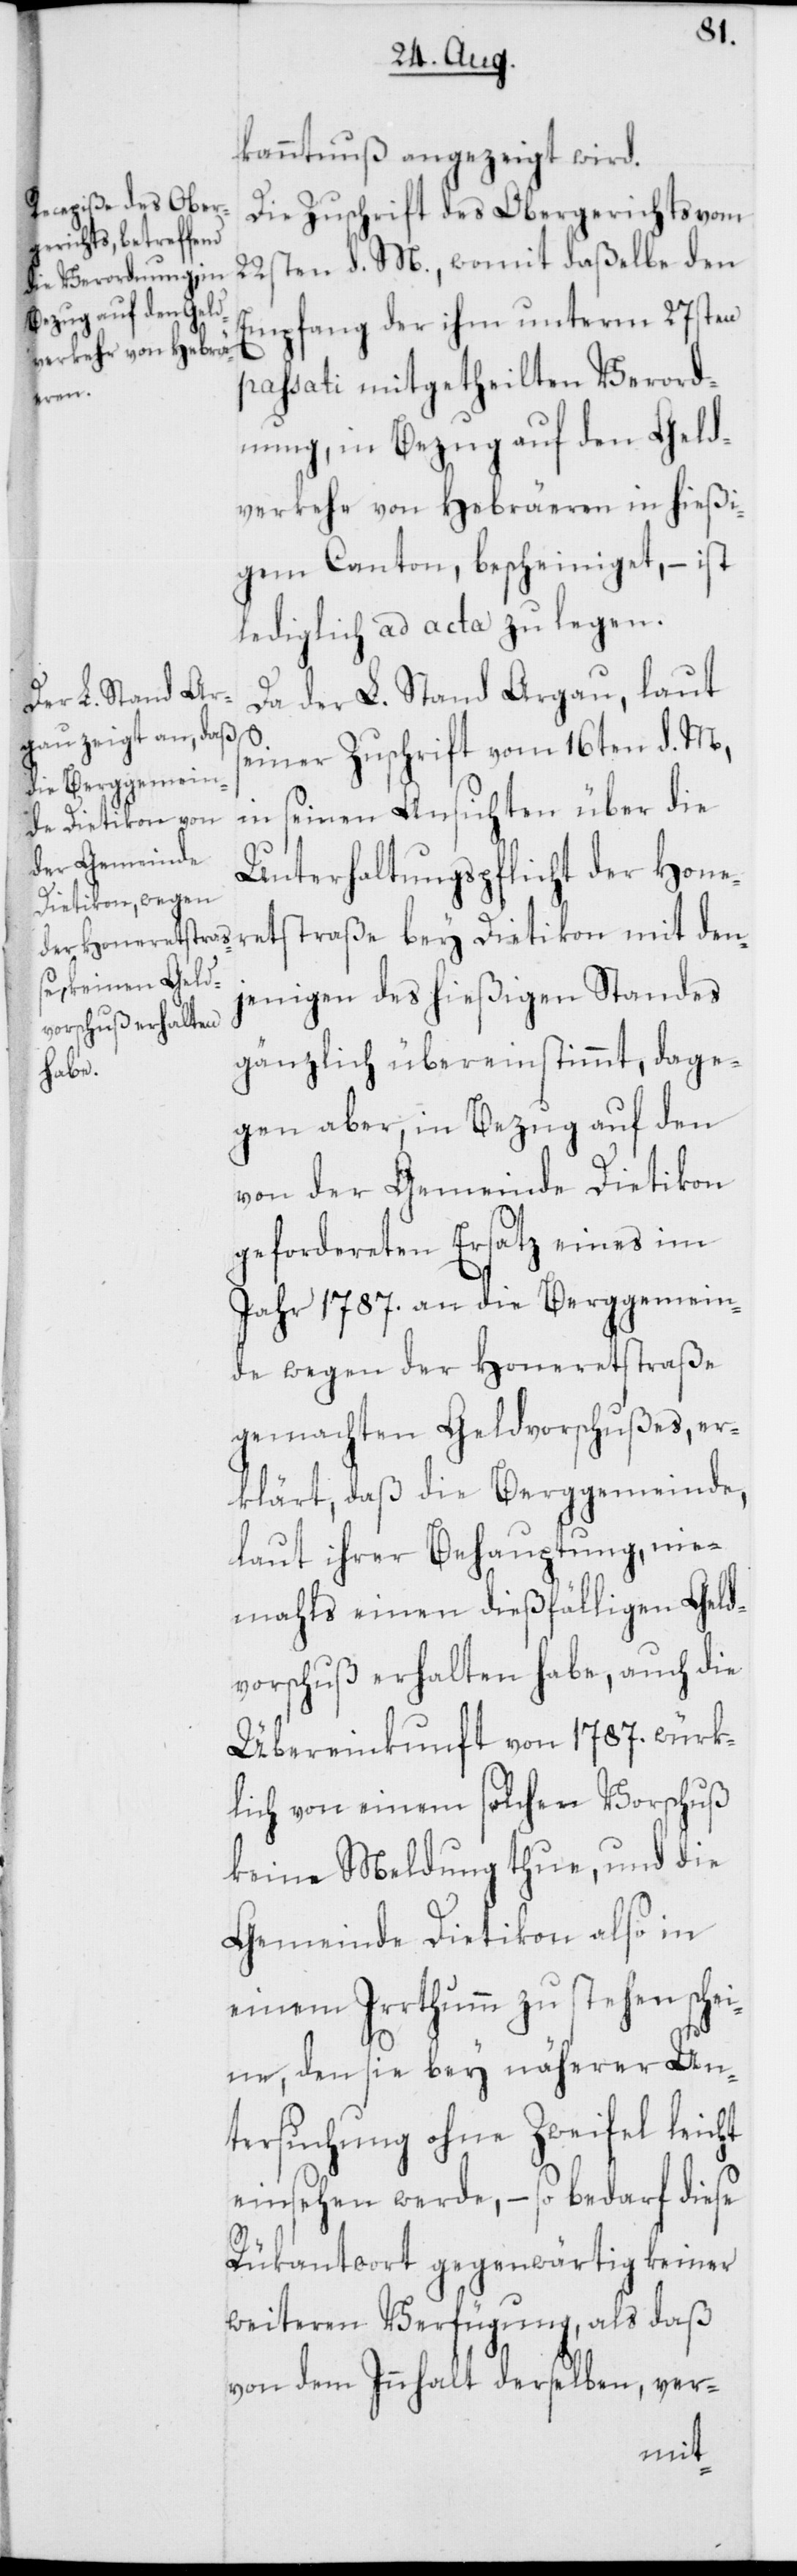
kanntnuß angezeigt wird.
Die Zuschrift des Obergerichts vom
22sten d. M., womit daßelbe den
Empfang der ihm unterm 27sten
passati mitgetheilten Verord¬
den¬
nung, in Bezug auf den Geld¬
verkehr von Hebräeren in hießi¬
gem Canton, bescheiniget, – ist
lediglich ad acta zu legen.
Da der L. Stand Argau, laut
einer Zuschrift vom 16ten d. M,
in seinen Ansichten über die
Unterhaltungspflicht der Honere¬
jenigen des hießigen Standes
gänzlich übereinstimmt, dage¬
gen aber, in Bezug auf den
von der Gemeinde Dietikon
gefordereten Ersatz eines im
Jahr 1787. an die Berggemein¬
de wegen der Honeretstraße
gemachten Geldvorschußes er¬
klärt, daß die Berggemeinde,
laut ihrer Behauptung, nie¬
mahls einen dießfälligen Geld¬
vorschuß erhalten habe, auch die
Übereinkunft von 1787. würk¬
lich von einem solchen Vorschuß
keine Meldung thue, und die
Gemeinde Dietikon also in
einem Irrthumm zu stehen schei¬
aße
ne, den sie bey näherer Un¬
tersuchung ohne Zweifel leicht
einsehen werde, – so bedarf diese
Rükantwort gegenwärtig keiner
weiteren Verfügung, als daß
von dem Innhalt derselben, ver-
mit